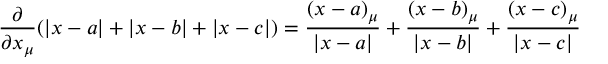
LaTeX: \frac { \partial } { \partial x _ { \mu } } ( \left| x - a \right| + \left| x - b \right| + \left| x - c \right| ) = \frac { ( x - a ) _ { \mu } } { \left| x - a \right| } + \frac { ( x - b ) _ { \mu } } { \left| x - b \right| } + \frac { ( x - c ) _ { \mu } } { \left| x - c \right| }